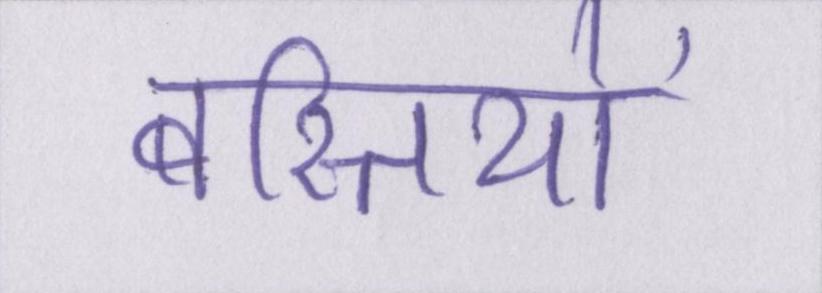
बस्तियों